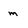
Character: m